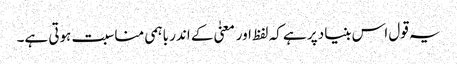
یہ قول اس بنیاد پر ہے کہ لفظ اور معنیٰ کے اندر باہمی مناسبت ہوتی ہے۔